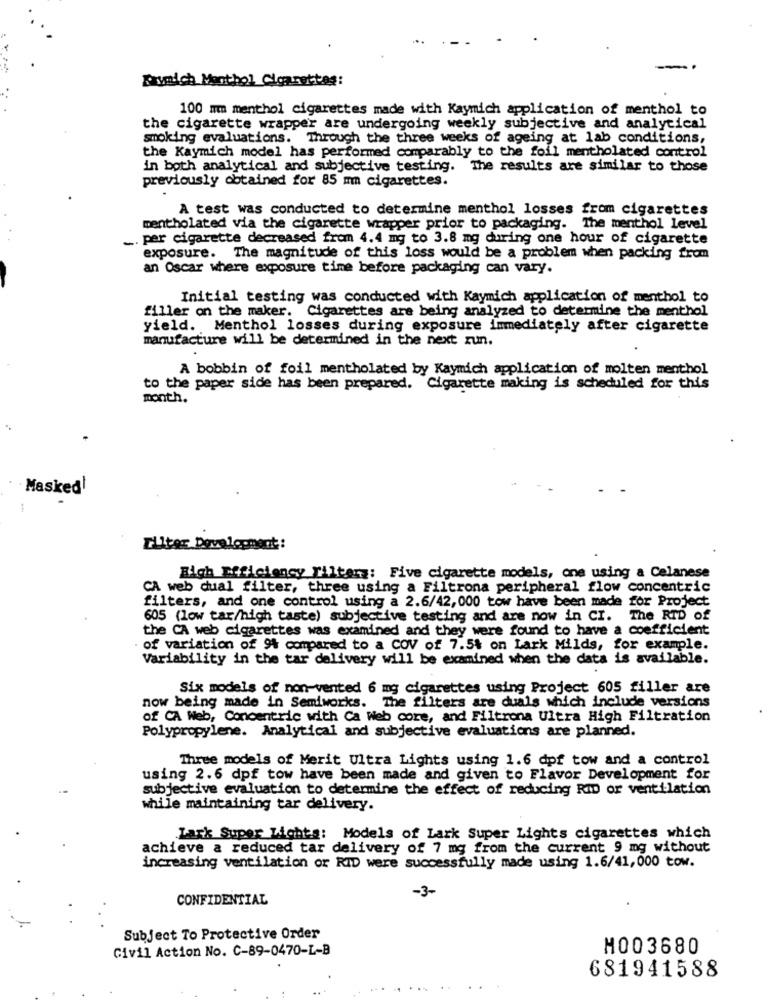
-
Kaumich Monthol Cigarettes:
100 mm menthol cigarettes made with Kaymich application of menthol to
the cigarette wrapper are undergoing weekly subjective and analytical
smoking evaluations. Through the three weeks of ageing at lab conditions,
the Kaymich model has performed comparably to the foil mentholated control
in both analytical and subjective testing. The results are similar to those
previously obtained for 85 mm cigarettes.
A test was conducted to determine menthol losses from cigarettes
mentholated via the cigarette wrapper prior to packaging. The menthol level
. per cigarette decreased from 4.4 mg to 3.8 mg during one hour of cigarette
exposure. The magnitude of this loss would be a problem when packing from
an Oscar where exposure time before packaging can vary.
Initial testing was conducted with Kaymich application of menthol to
filler on the maker. Cigarettes are being analyzed to determine the menthol
yield. Menthol losses during exposure immediately after cigarette
manufacture will be determined in the next run.
A bobbin of foil mentholated by Kaymich application of molten menthol
to the paper side has been prepared. Cigarette making is scheduled for this
month.
Masked!
ruiter Development :
High Efficiency Filterz: Five cigarette models, one using a Celanese
CA web dual filter, three using a Filtrona peripheral flow concentric
filters, and one control using a 2.6/42, 000 tow have been made for Project
605 (low tar/high taste) subjective testing and are now in CI. The RID of
the CA web cigarettes was examined and they were found to have a coefficient
· of variation of 9% compared to a COV of 7.5% on Lark Milds, for example.
Variability in the tar delivery will be examined when the data is available.
Six models of non-vented 6 mg cigarettes using Project 605 filler are
now being made in Semiworks. The filters are duals which include versions
of CA Web, Concentric with Ca Web core, and Filtrona Ultra High Filtration
Polypropylene. Analytical and subjective evaluations are planned.
Three models of Merit Ultra Lights using 1.6 dpf tow and a control
using 2.6 dpf tow have been made and given to Flavor Development for
subjective evaluation to determine the effect of reducing RID or ventilation
while maintaining tar delivery.
Lack Super Lights: Models of Lark Super Lights cigarettes which
achieve a reduced tar delivery of 7 mg from the current 9 mg without
increasing ventilation or RID were successfully made using 1.6/41,000 tow.
-3-
CONFIDENTIAL
Subject To Protective Order
Civil Action No. C-89-0470-L-B
M003680
681941588